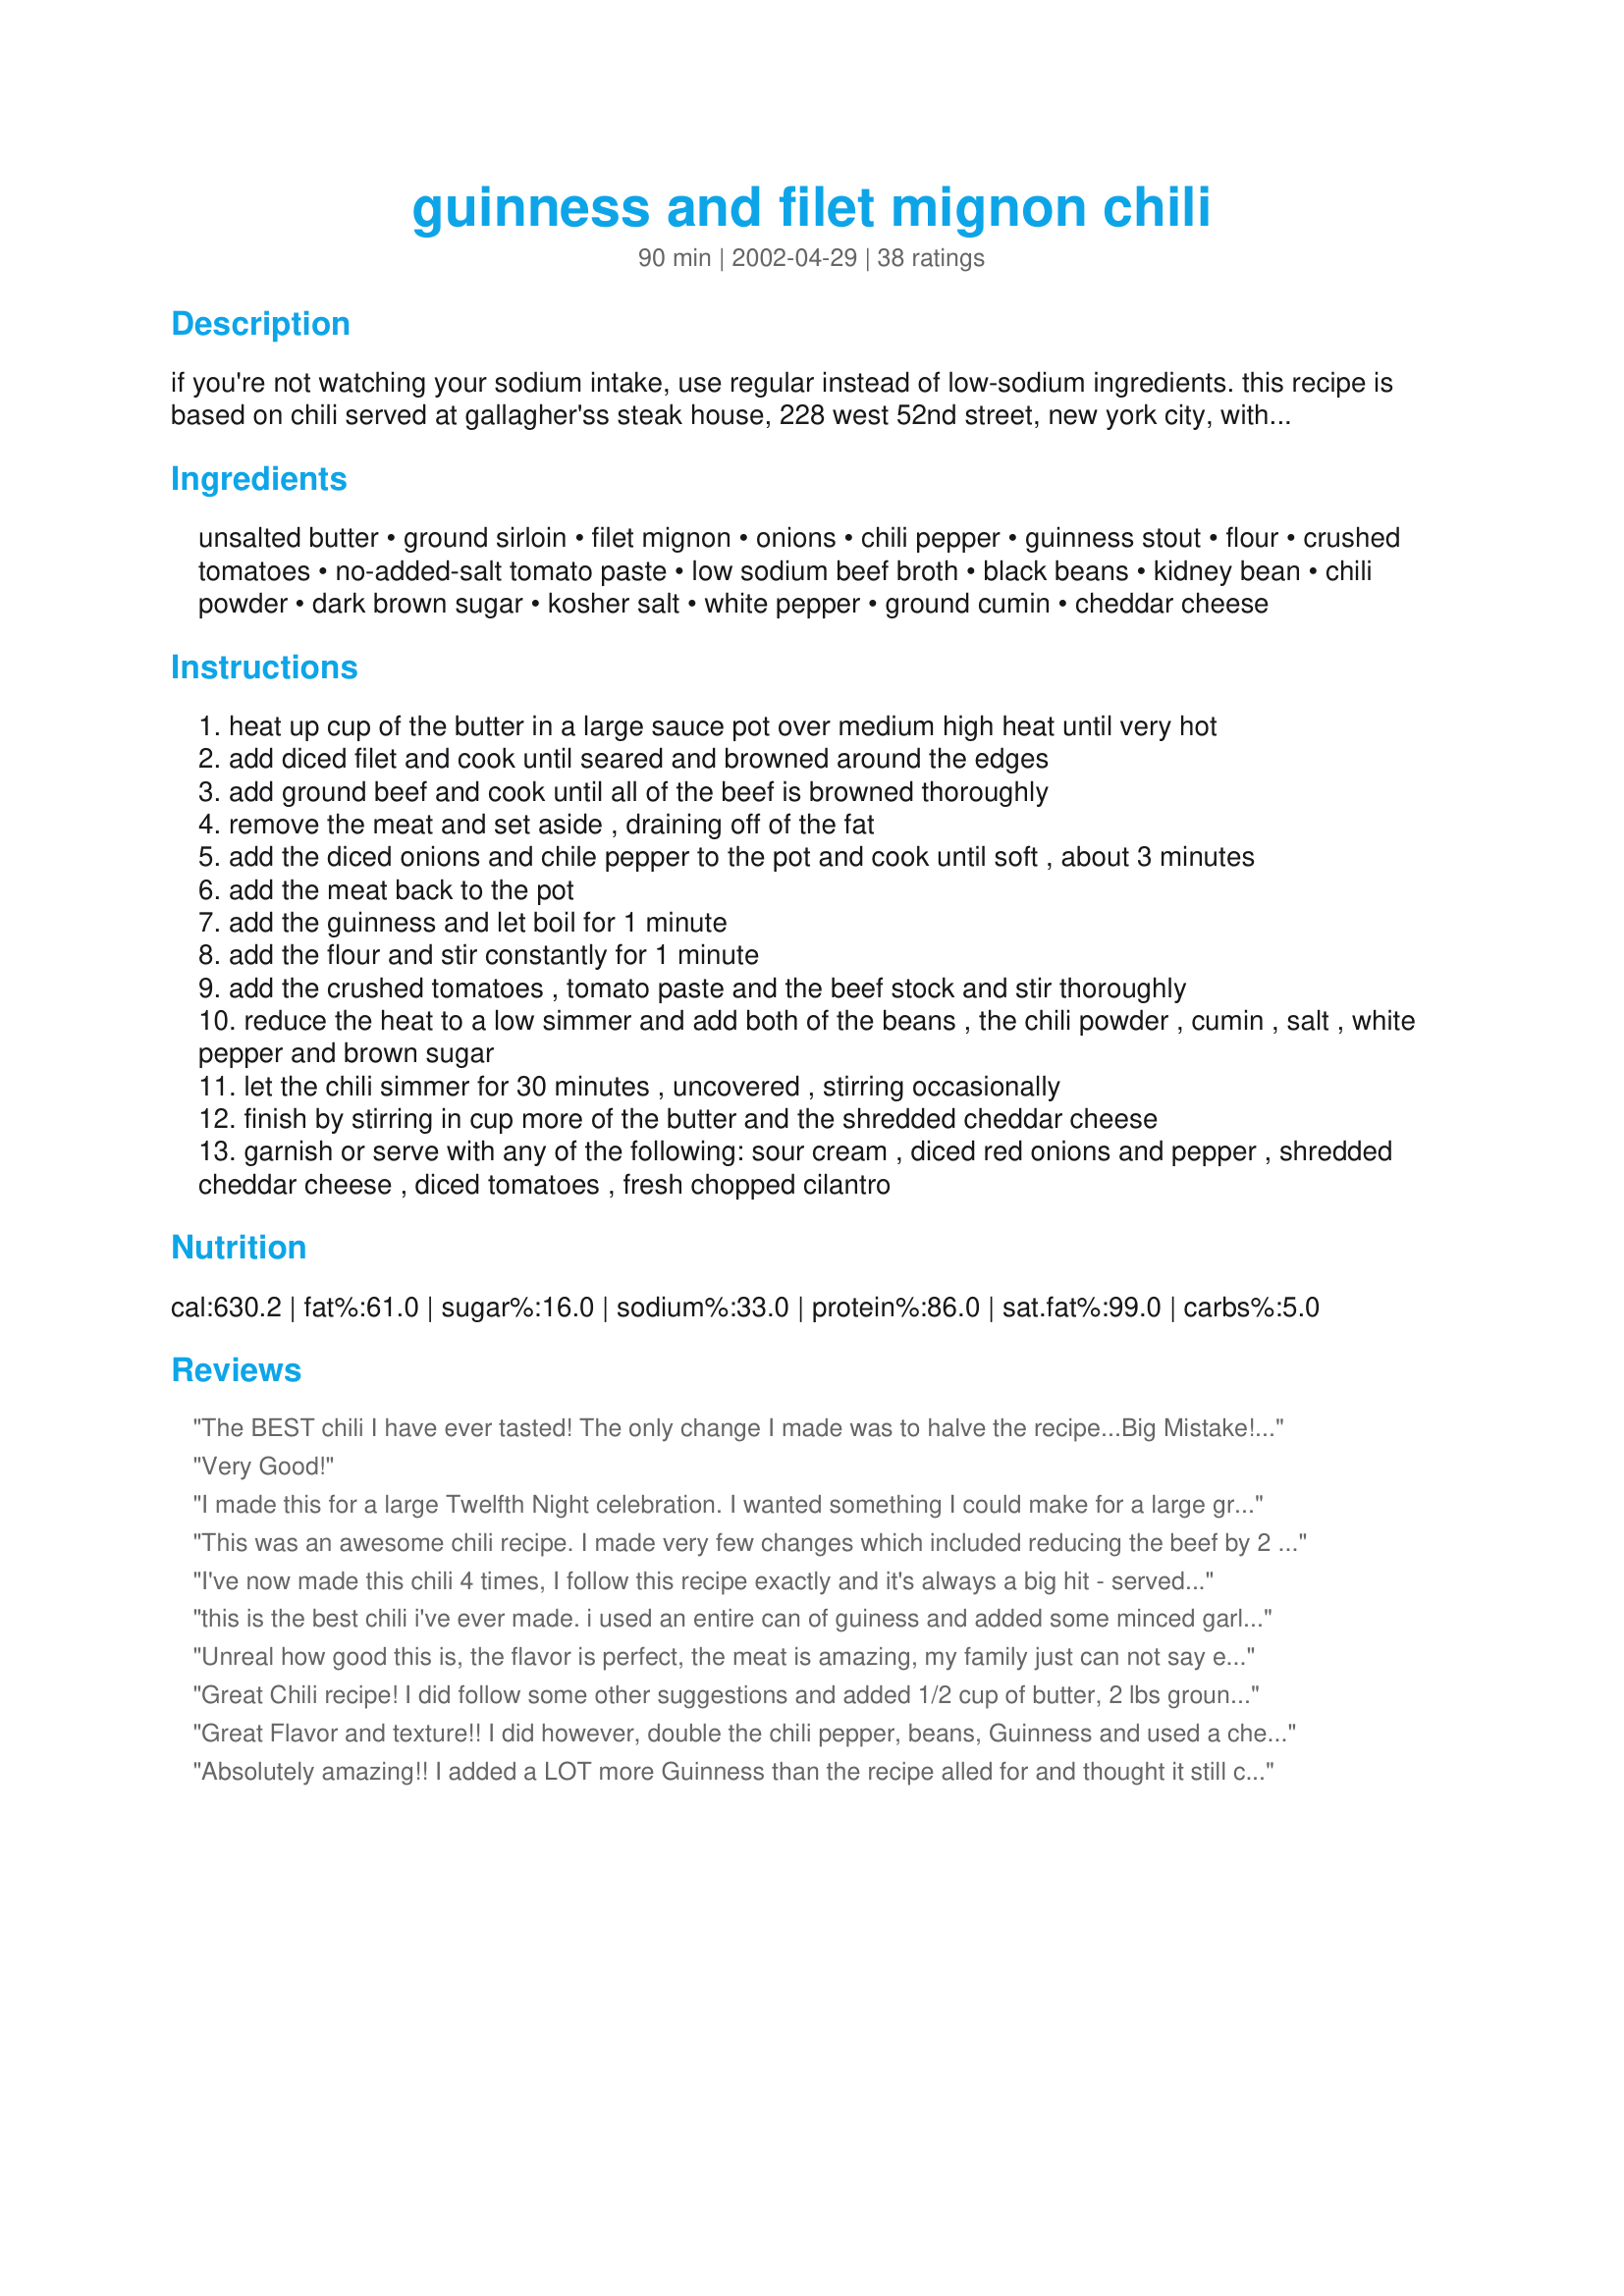
guinness and filet mignon chili
Preparation time: 90 minutes

if you're not watching your sodium intake, use regular instead of low-sodium ingredients. this recipe is based on chili served at gallagher'ss steak house, 228 west 52nd street, new york city, with just a couple of very minor alterations.

Ingredients:
unsalted butter, ground sirloin, filet mignon, onions, chili pepper, guinness stout, flour, crushed tomatoes, no-added-salt tomato paste, low sodium beef broth, black beans, kidney bean, chili powder, dark brown sugar, kosher salt, white pepper, ground cumin, cheddar cheese

Steps:
heat up cup of the butter in a large sauce pot over medium high heat until very hot
add diced filet and cook until seared and browned around the edges
add ground beef and cook until all of the beef is browned thoroughly
remove the meat and set aside , draining off of the fat
add the diced onions and chile pepper to the pot and cook until soft , about 3 minutes
add the meat back to the pot
add the guinness and let boil for 1 minute
add the flour and stir constantly for 1 minute
add the crushed tomatoes , tomato paste and the beef stock and stir thoroughly
reduce the heat to a low simmer and add both of the beans , the chili powder , cumin , salt , white pepper and brown sugar
let the chili simmer for 30 minutes , uncovered , stirring occasionally
finish by stirring in cup more of the butter and the shredded cheddar cheese
garnish or serve with any of the following: sour cream , diced red onions and pepper , shredded cheddar cheese , diced tomatoes , fresh chopped cilantro

Reviews:
The BEST chili I have ever tasted! The only change I made was to halve the recipe...Big Mistake! The next day everyone fought over the leftovers and there wasn't enough to go around.
Very Good!
I made this for a large Twelfth Night celebration. I wanted something I could make for a large group in the AM and be ready for an early dinner, so I modified this as a crockpot meal. I browned the meat in the butter as called for and then boiled the Guiness. I used about double the amount of Guiness called for and about 1/3 less meat. I also could not find ground sirloin, so I just bought sirlion steaks and cut them up like the filet. In addition, I added more beans and tomatoes than called for. Everyone really loved it, I doubled the recipe, fed over 20 people and still had leftovers for the week.
This was an awesome chili recipe. I made very few changes which included reducing the beef by 2 pounds and adding black beans and garbanzo beans in place of it and I added green pepper and about 8 cloves of garlic and a full beer. I did omit the flour completely.
I've now made this chili 4 times, I follow this recipe exactly and it's always a big hit - served with shredded cheddar on top and fresh buns on the side.
this is the best chili i've ever made. i used an entire can of guiness and added some minced garlic. it turned out great. will definitely keep this recipe. thanks
Unreal how good this is, the flavor is perfect, the meat is amazing, my family just can not say enough about it, and we will be eating it for days. A must try for the next time we have company.
Great Chili recipe! I did follow some other suggestions and added 1/2 cup of butter, 2 lbs ground sirloin, a full bottle of beer, full can of black beans and red beans. I also added 1/4 cup of Expresso and used Wondra to thicken it at the end. I cooked the meat on the stove, drained the grease off and cooked it in the crock pot. Will definitely make this again.
Great Flavor and texture!! I did however, double the chili pepper, beans, Guinness and used a cheaper cut of steak.
Absolutely amazing!! I added a LOT more Guinness than the recipe alled for and thought it still could have used more...but my hubby loved it!! Definitely keeping this one!!
ABSOLUTELY WONDERFUL! I added just a little more of the Guiness and chili powder, but this was amazing! This will steal the show at our next tailgate!!! Do use the filet if you can, this gourmet chili!
Very luxurious--I spent $60 on meat alone! Wasn't sure which 'chili pepper' was called for, so I used a small green bell pepper. I found the white pepper dominated the flavour; perhaps this was intended but I would advise 1 tsp then add more to taste. I also suggest calling the kosher salt 'optional'. I see no point in saving 400 mg of sodium by using low-salt ingredients then adding 4 grams as an ingredient. Perhaps that goes without saying...
All in all a good chili, but I doubt I will spend the cash to make it again. Make it once, treat your in-laws, and bask in its richness.
I modify this just a tiny bit. I add some tequila or red wine near the end. I add a little sage and I BBQ the filet. All said and done, this recepe is fantastic. You will impress all who partake of this meal.
This is the best chili ever. I added two cans of guiness because we love beer. It was gone in an hour.
Delicious and FUN to make! I cut the ground beef down by 2 lbs. and it was still very meaty. I didn't use the flour or the butter either... but I would like to try it next time.
Made this for a family gathering along with Turkey chili, I prefer turkey chili, but by the time I went back to the stove, this Chili was all gone! I would say thats a definate sign of a 5 star recipe. Thanks, everyone really liked it.
This is a meaty, filling chili. It's a little more work than my normal chili recipe, but well worth it. It makes a ton, so I might consider cutting the recipe in half next time. I froze 1/2 of it so we can have it again real soon.
Chili with a kick! Made a few changes - less ground beef (about 1,2 kg), butter and cheese and 2 cans of beans, and only 2 cups of beef broth (this only because I misread the recipe while making it, but I have to say I didn't miss the extra liquid at all!). GREAT chili! DH adored this - it was a bit too meaty for my taste but the spice combo is superb! Will definitely go into our make-again file!
FANTASTIC!! We loved this! I also scaled the recipe down in terms of the meat but still put in plenty of tomatoes and beans because DDs love them. Also put more guinness than stated because DH liked the sound of that. Thanks for posting - we will definitely be replacing our usual chilli recipe with this one!
If you are going to make chili, make this recipe! It was soooooo delicious! I followed the recipe exactly and it was out of this world!!!
I find it funny that so many people say how much they love this recipe but then go and tell you how they changed it. If you changed it, it isn&#039;t the same recipe.

Just my two cents.

Very nice recipe, it all worked well and tasted great.
My whole family loved this chili. I cut the recipe in half and used a whole bottle of budweiser insted of guinness. It was much faster to make that my usual chili.
I BBQ the steak and add 1/2 tsp. of sage and about a half cup of dark coffee to this. It's going to rock your world! It's not too spicey and has wonderful flavor. ENJOY!
DH loved this. Asked me to add it to the keeper file, and make it again. I wouldn't change a thing. If you reeeally like a beer bite to your chili, just add the whole bottle of beer. LOL Otherwise the taste is not really obvious for you non-beer persons.
This was one of the best, if not THE best chilis we've ever had!!! Cooked it in the crockpot for about 7 hours instead of stovetop, but it turned out perfectly!!! The filet and ground sirloin together were fab!!!
Super super good. Husband couldn't stop talking about it! However, I thought there was a little too much ground sirloin so I cut it in half next time and just added the whole can of beans. Personal preference.
This was SUPERB! I scaled the recipe down & cooked it in the slow cooker. I left out a lot of the butter & salt because I felt it didn't need it. Even scaled down it seemed like a lot of chilli powder, so I cut that back too, but next time I'll be braver. It was not as hot as we'd like which was entirely my fault. The depth of flavors & the lovely rich color make this recipe worth more than 5 stars, & my new favorite way to make chilli. I have used beer in chilli before, but the Guiness really added something special. Thanks Miller for sharing, & thanks to Chef kirstin in oregon for making the recommendation! :-)
very good chili recipe, i did cut back on the butter by half, and wish i added another can or two of beans, but all the seasonings were perfect, and i used the whole bottle of stout, cheers, and thanks for the keeper
This was really good. And it makes A LOT! I added a chopped red pepper and one celery stalk. I used a small can of chopped green chilis. I used a whole can of each kind of bean, so it was just less than two cups of each type of bean. I also omitted all of the butter. I did this in the slow cooker on low for about 5 hours, then turned it up to high for a couple hours b/c I was hoping the liquid would evaporate. Once I got all the ingredients in it was overflowing. I had to take a potful out and do it on the stove. I also used a whole can of Guiness and added extra broth because I was worried it wouldn't be enough liquid. Turned out to be a bit too liquidy. I love meat, but this is almost too much. I recommend browning the ground beef before putting it in the slow cooker. It will keep it's shape better. The taste was great, I will definately make this again with some modifications. I'll likely not use ground beef, but use cubed meat only, and I'll likely add more veggies and beans. I guess because I added so much broth and didn't cook the ground beef before hand, it was way too liquid when I served it. I added about 2 tbsp cornstarch towards the end, but it was still rather thin. However, it's been just right as leftovers this week. And I've frozen the rest for upcoming lunches.
Try this chili recipe -- it's SO SO good!

A couple notes -- we didn't use Filet Mignon, we used Beef Sirloin or something like that -- a good cut of meat, but not Filet Mignon. The chunks of steak really do make a difference, I wouldn't skip that part. 
 
Other changes we made involve the tomatoes and beans. The recipe didn't call for enough, in our opinion. So instead of 1 cup each of red kidney beans and black beans, we used 2 cans of black beans, 1 can of red kidney beans and 1 can of white kidney beans. The mix of beans was very good, I'd recommend it. And for the tomatoes, instead of what the recipe called for, we used two 6-oz cans tomato paste, and two 28-oz cans of crushed tomatoes. Again, this is a change we'd recommend. 
 
The chili is INCREDIBLY filling, very delicious, and goes a long long way. The recipe as it is on the site is 15 servings, with the changes we made, my husband, daughter, and I ate it for four meals on a ski trip out west, and three meals here at home. That's 21 VERY satisfying servings. Hubby and I each supplemented with one slice of whole grain bread, daughter had 2 slices of whole grain bread with butter. We all had an 8-oz glass of milk to go with, and fruit for after.
 
If you like chili, I'd def try this one out. An hour and a half of cooking will serve you for many days, if you are only cooking for a few. We just put the servings in zip lock bags (one for each day) and chucked them in the freezer.
Wow. I made this recipe for our neighborhood block party for St. Patty's Day...I don't usually "test" a recipe on 25 people but I'm glad I did. And so are they. I followed exactly although I didn't add quite as much butter at the end. I did add all the cheese. All I know is that I barely had to clean the pot, since people were actually taking their Irish soda bread and literally wiping the pot! Thank you for sharing Miller. A definite keeper~

--Marla, AZ

Best chili I have ever made! My husband loved it. I thought the mix of the hamburger and steak was great. It's good enough to serve to guests. Next time I might leave out the cheese and just sprinkle a bit on the top of each bowl.
Fantastic chili - great base to start or finish...
Made this for our annual chili cook-off last night and took 1st place. I did leave out the butter, increase the beans, broth and beer to a full can each and used a can of chopped green chilis as suggested by another reviewer. Obviously a winner!
Absolutely Great. Did not use the beer and it was fine.
I love meaty chilis and this was certainly meaty. I also like the fact that there weren't a lot of beans in this recipe, too many chilis end up being all beans. I've tried many chili recipes in the past and this by far is the best I've ever found. My BF LOVED this chili. Next time I will add some cayenne pepper as we like things with a bit more heat.
absolutly the best chile i've ever made or eaten!
i give the recipe to everyone i know because they agree with me. very easy to make. the only thing i suggest is you make sure you have a huge pot. i just have a regular big one and at the end where everything is added i need to use 2 pots.
Guiness? I *hate* stout! Well, I sure didn't in this recipe. We had a contest between this an "The Best Chili You'll Ever Taste" (#73166). We couldn't make up our minds! I ended up creating my own recipe that was a mix of both but we decided - we should choose between the two. They're perfectly balanced flavors. Great job Mille!
